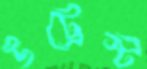
উট্রেস্ট